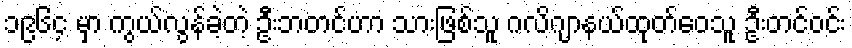
၁၉၆၄ မှာ ကွယ်လွန်ခဲ့တဲ့ ဦးဘတင်ဟာ သားဖြစ်သူ ဂလိဂျာနယ်ထုတ်ဝေသူ ဦးတင်ဝင်း